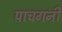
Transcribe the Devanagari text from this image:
पाचगनी